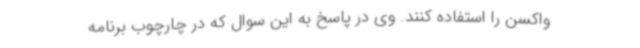
واکسن را استفاده کنند. وی در پاسخ به این سوال که در چارچوب برنامه